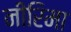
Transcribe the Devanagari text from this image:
नीरिमा